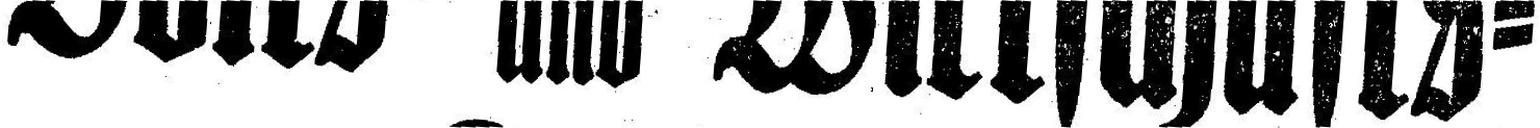
Volks= und Wirtschafts=